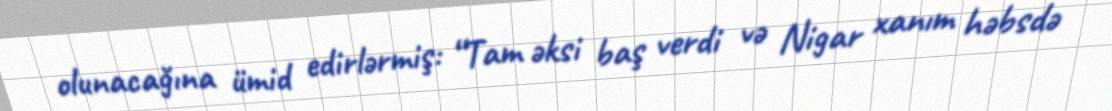
olunacağına ümid edirlərmiş: “Tam əksi baş verdi və Nigar xanım həbsdə